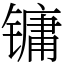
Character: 镛